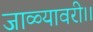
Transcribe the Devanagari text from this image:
जाळ्यावरी।।